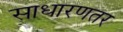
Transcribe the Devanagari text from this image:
साधारणतर